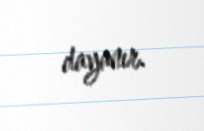
dayanır.